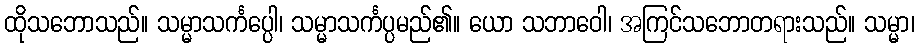
ထိုသဘောသည်။ သမ္မာသင်္ကပ္ပေါ၊ သမ္မာသင်္ကပ္ပမည်၏။ ယော သဘာဝေါ၊ အကြင်သဘောတရားသည်။ သမ္မာ၊